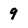
Character: 9